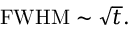
\mathrm { { F W H M } } \sim { \sqrt { t } } .